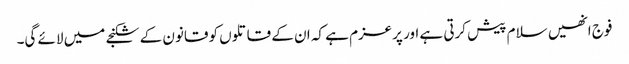
فوج انھیں سلام پیش کرتی ہے اور پرعزم ہے کہ ان کے قاتلوں کو قانون کے شکنجے میں لائے گی۔